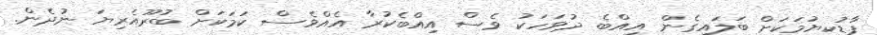
ފާޑުކިޔުމަކަށް ބަލައިގެން އިއްބެ ދުވަހަކު ވެސް އިއްބެކުރާ އެއްވެސް ކަމަކަށް ބުރޫއެރިޔަ ނުދެން.